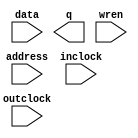
module bram (
		input  wire [23:0] data,     //     data.datain
		output wire [23:0] q,        //        q.dataout
		input  wire [10:0] address,  //  address.address
		input  wire        wren,     //     wren.wren
		input  wire        inclock,  //  inclock.clk
		input  wire        outclock  // outclock.clk
	);
endmodule